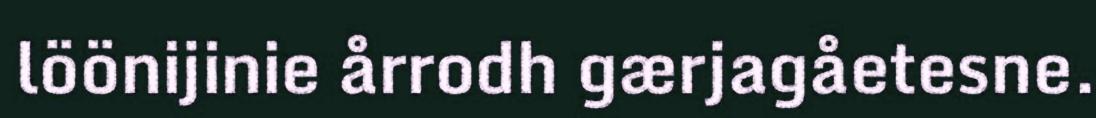
löönijinie årrodh gærjagåetesne.